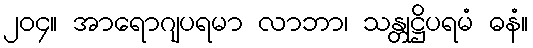
၂၀၄။ အာရောဂျပရမာ လာဘာ၊ သန္တုဋ္ဌိပရမံ ဓနံ။